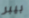
بيبر